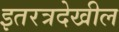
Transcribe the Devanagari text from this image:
इतरत्रदेखील